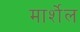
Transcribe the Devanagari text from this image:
मार्शेल